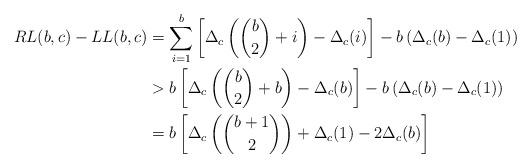
LaTeX: \begin{align*} RL(b,c)-LL(b,c)&=\sum_{i=1}^b\left[\Delta_c\left(\binom{b}{2}+i\right)-\Delta_c(i)\right]-b\left(\Delta_c(b)-\Delta_c(1)\right)\\ &> b\left[\Delta_c\left(\binom{b}{2}+b\right)-\Delta_c(b)\right] -b\left(\Delta_c(b)-\Delta_c(1)\right)\\ &=b\left[\Delta_c\left(\binom{b+1}{2}\right)+\Delta_c(1)-2\Delta_c(b)\right] \end{align*}